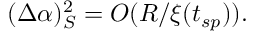
( \Delta \alpha ) _ { S } ^ { 2 } = O ( R / \xi ( t _ { s p } ) ) .